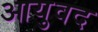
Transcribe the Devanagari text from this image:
आयुवद